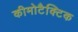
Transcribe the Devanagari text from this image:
कीमोटैक्टिक